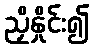
ညှိနှိုင်း၍